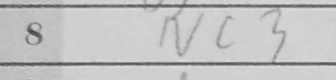
Transcription: Nc3